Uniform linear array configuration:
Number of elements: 32
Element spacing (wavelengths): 0.75
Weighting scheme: binomial
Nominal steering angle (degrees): -45
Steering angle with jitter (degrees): -46.963
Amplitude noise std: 0.05
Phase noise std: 0.05

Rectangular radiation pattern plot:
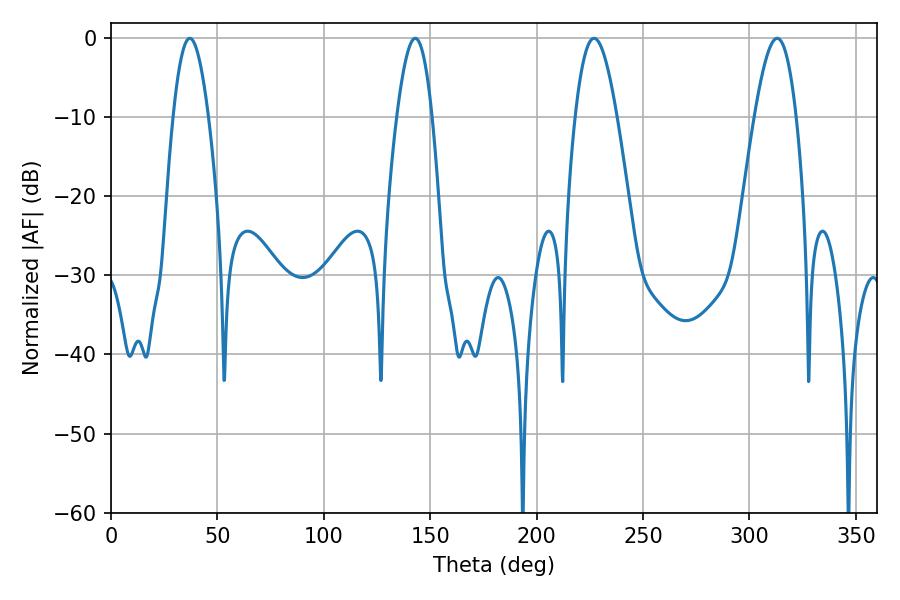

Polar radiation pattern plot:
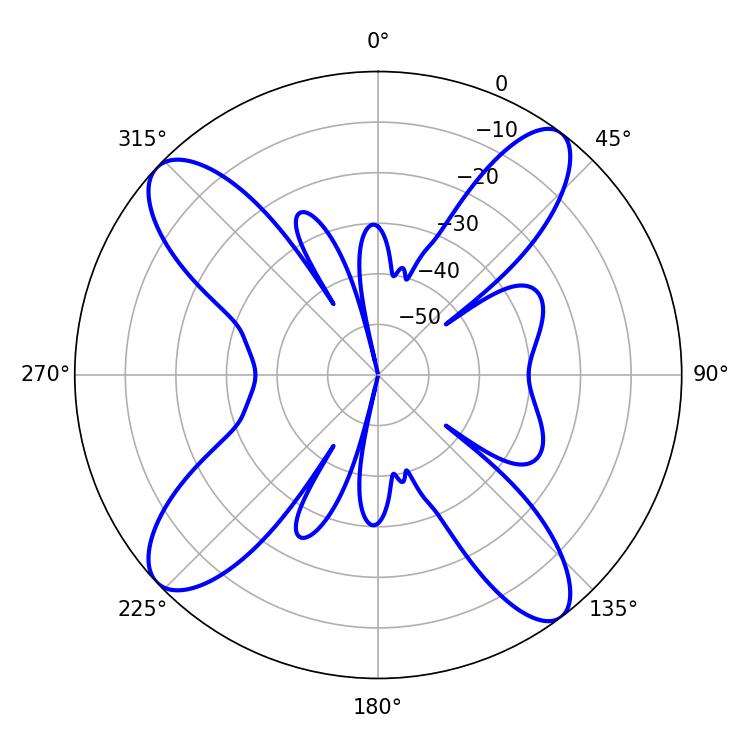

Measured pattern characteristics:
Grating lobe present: TRUE
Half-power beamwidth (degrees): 10.62
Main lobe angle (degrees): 226.98